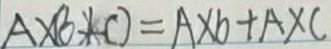
A \times ( b + c ) = A \times b + A \times c